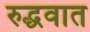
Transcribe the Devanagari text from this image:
रुद्धवात